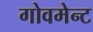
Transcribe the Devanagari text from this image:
गोवमेन्ट